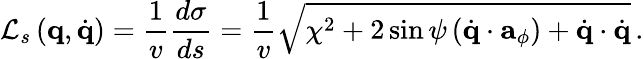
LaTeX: {\cal L}_{s}\left({\mathbf q},\dot{\mathbf q}\right)=\frac{1}{v}\frac{d\sigma}{ds}=\frac{1}{v}\sqrt{\chi^{2}+2\sin\psi\left(\dot{\mathbf q}\cdot{\mathbf a}_{\phi}\right)+\dot{\mathbf q}\cdot\dot{\mathbf q}}\, .